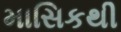
માસિકથી